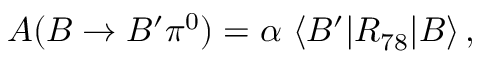
{ \cal A } ( B \rightarrow B ^ { \prime } \pi ^ { 0 } ) = \alpha \ \langle B ^ { \prime } | R _ { 7 8 } | B \rangle \, ,